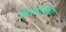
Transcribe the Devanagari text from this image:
सिराजुदोला